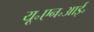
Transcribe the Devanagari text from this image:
यू॰एन॰आई॰